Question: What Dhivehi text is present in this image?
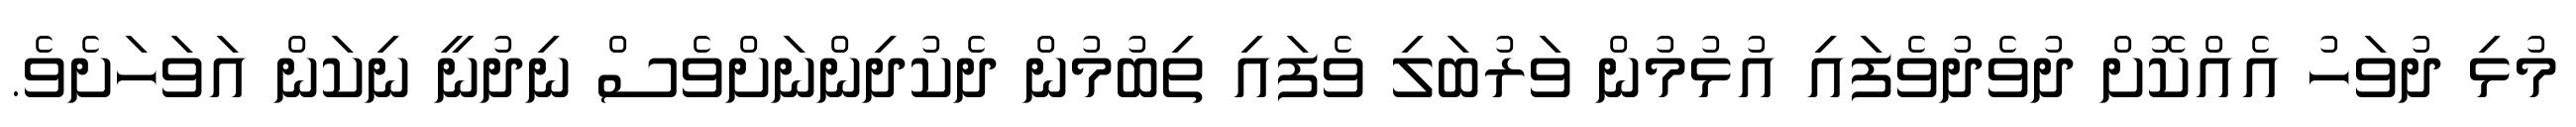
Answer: މުޅި ދުވަހު އެއްކޮށް ދުވެދުވެފައި އުޅުމުން ވަރުބަލި ވެފައި ތިބުމުން ދެކުދިންނަށްވެސް ނިދުނީ ނިކަން އަވަހަށެވެ.